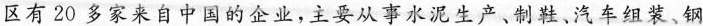
区有20多家来自中国的企业，主要从事水泥生产、制鞋、汽车组装、钢